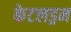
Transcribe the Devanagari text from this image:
केटलड्रम